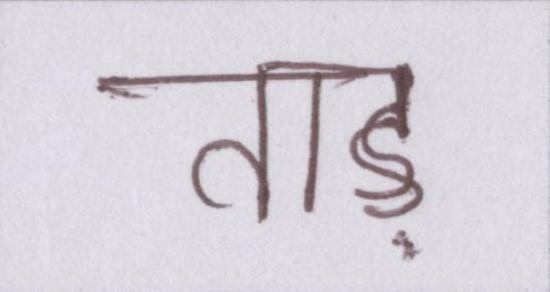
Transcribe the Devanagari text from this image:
ताड़